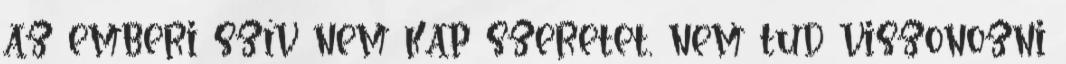
az emberi szív nem kap szeretet, nem tud viszonozni